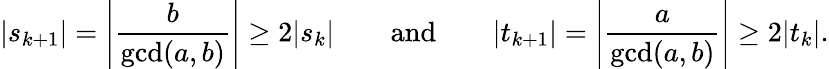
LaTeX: |s_{k+1}|=\left|{\frac{b}{\operatorname*{gcd}(a,b)}}\right|\geq 2|s_{k}|\qquad{\mathrm{and}}\qquad|t_{k+1}|=\left|{\frac{a}{\operatorname*{gcd}(a,b)}}\right|\geq 2|t_{k}|.